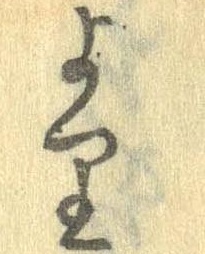
より